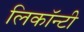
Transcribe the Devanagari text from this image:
लिकॉन्टी